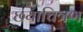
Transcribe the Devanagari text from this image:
छयाचित्रण